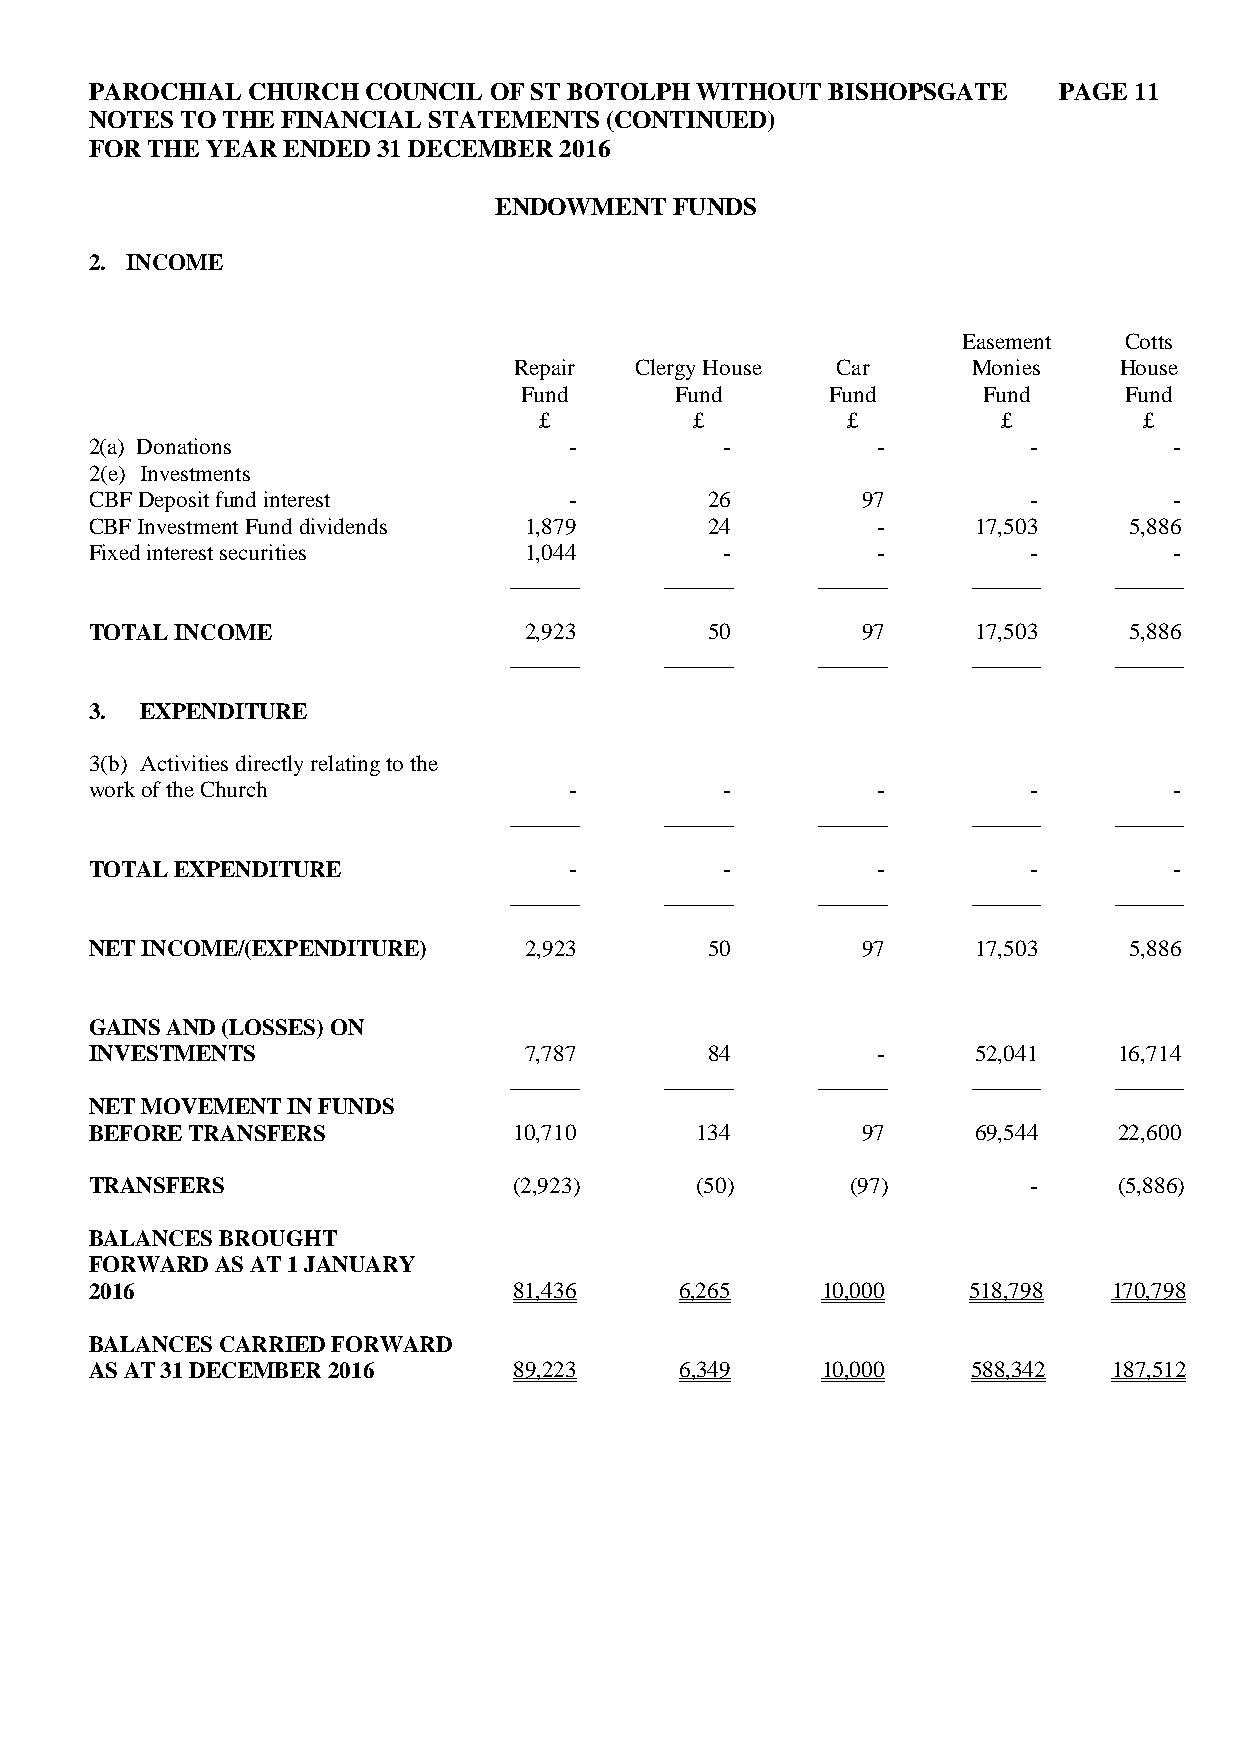
PAROCHIAL CHURCH  COUNCIL OF ST BOTOLPH WITHOUT  BISHOPSGATE    PAGE 11
 NOTES TO THE FINANCIAL STATEMENTS (CONTINUED)
 FOR THE YEAR ENDED 31 DECEMBER 2016
 ENDOWMENT   FUNDS
 2. INCOME
 Easement  Cotts
 Repair  Clergy House Car      Monies    House
 Fund       Fund      Fund      Fund     Fund
 £         £         £         £         £
 2(a) Donations                  -         -         -         -         -
 2(e) Investments
 CBF Deposit fund interest       -        26        97         -         -
 CBF Investment Fund dividends 1,879      24         -      17,503    5,886
 Fixed interest securities    1,044        -         -         -         -
 ______    ______    ______    ______    ______
 TOTAL INCOME                 2,923       50        97      17,503    5,886
 ______    ______    ______    ______    ______
 3. EXPENDITURE
 3(b) Activities directly relating to the
 work of the Church              -         -         -         -         -
 ______    ______    ______    ______    ______
 TOTAL EXPENDITURE               -         -         -         -         -
 ______    ______    ______    ______    ______
 NET INCOME/(EXPENDITURE)     2,923       50        97      17,503    5,886
 GAINS AND (LOSSES) ON
 INVESTMENTS                  7,787       84         -      52,041   16,714
 ______    ______    ______    ______    ______
 NET MOVEMENT IN FUNDS
 BEFORE TRANSFERS            10,710      134        97      69,544   22,600
 TRANSFERS                   (2,923)     (50)      (97)        -     (5,886)
 BALANCES BROUGHT
 FORWARD AS AT 1 JANUARY
 2016                        81,436     6,265    10,000    518,798   170,798
 BALANCES CARRIED FORWARD
 AS AT 31 DECEMBER 2016      89,223     6,349    10,000    588,342   187,512